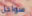
سواحل